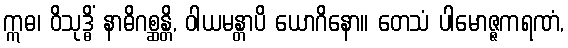
ဣဓ၊ ဝိသုဒ္ဓိံ နာဓိဂစ္ဆန္တိ, ဝါယမန္တာပိ ယောဂိနော။ တေသံ ပါမောဇ္ဇကရဏံ,